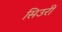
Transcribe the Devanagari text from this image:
सिउरी